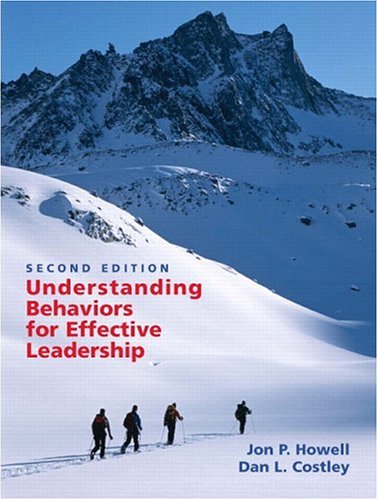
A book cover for Understanding Behaviors for Effective Leadership (2nd Edition); Jon P. Howell; Medical Books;